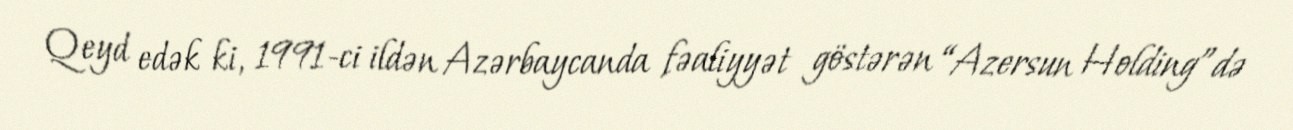
Qeyd edək ki, 1991-ci ildən Azərbaycanda fəaliyyət göstərən “Azersun Holding”də